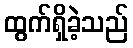
ထွက်ရှိခဲ့သည်